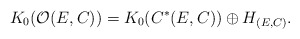
\begin{align*} K_0(\mathcal O (E,C) ) = K_0 (C^*(E,C)) \oplus H_{(E,C)} .\end{align*}